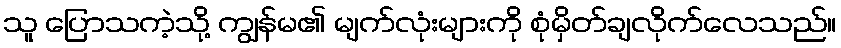
သူ ပြောသကဲ့သို့ ကျွန်မ၏ မျက်လုံးများကို စုံမှိတ်ချလိုက်လေသည်။